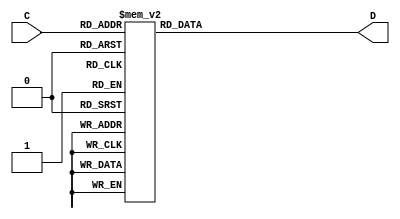
module decoder3to8 (C, D);
	input [2:0] C;
	output [7:0] D;
	
	reg [7:0] D;
	
	always @(C)
		begin
			case (C)
				3'd0: D = 8'b11111110;
				3'd1: D = 8'b11111101;
				3'd2: D = 8'b11111011;
				3'd3: D = 8'b11110111;
				3'd4: D = 8'b11101111;
				3'd5: D = 8'b11011111; //disabled
				3'd6: D = 8'b10111111; //disabled
				3'd7: D = 8'b01111111; //disabled
				default:;
			endcase
		end
endmodule

module test_decoder;
	reg clk, reset;
	reg [2:0] ct;
	
	wire [7:0] d;
	
	decoder3to8 dec (ct, d);
	
	parameter cc = 10;
	
	always
		#cc clk = ~clk;
		
	always
		#(5*cc) ct = ct + 1;
		
	initial
	begin
		reset = 1;
		ct = 3'b000;
		clk = 0;
		#cc reset = 0;
	end
endmodule